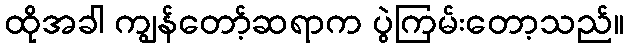
ထိုအခါ ကျွန်တော့်ဆရာက ပွဲကြမ်းတော့သည်။